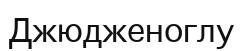
Джюдженоглу